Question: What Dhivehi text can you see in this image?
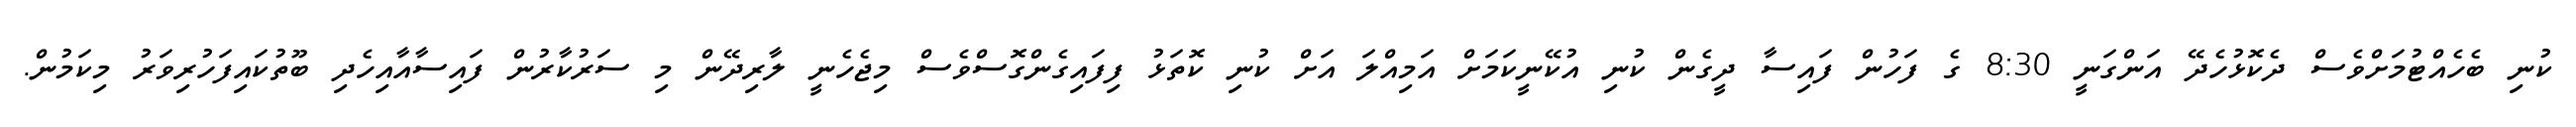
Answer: ކުނި ބެހެއްޓުމަށްވެސް ދެކޮޅުހެދޭ އަންގަނީ 8:30 ގެ ފަހުން ފައިސާ ދީގެން ކުނި އުކޭނީކަމަށް އަމިއްލަ އަށް ކުނި ކޮތަޅު ފިފައިގެންގޮސްވެސް މިޖެހެނީ ލާރިދޭން މި ސަރުކާރުން ފައިސާއާއިހެދި ބޫތުކައިފަހުރިވަރު މިކަމުން.